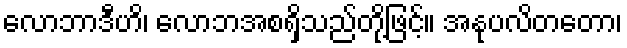
လောဘာဒီဟိ၊ လောဘအစရှိသည်တို့ဖြင့်။ အနုပလိတတော၊